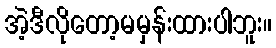
အဲ့ဒီလိုတော့မမှန်းထားပါဘူး။